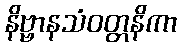
နိဗ္ဗာနသံဝတ္တနိကာ